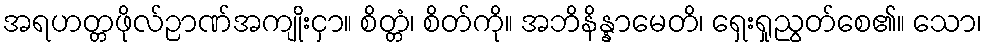
အရဟတ္တဖိုလ်ဉာဏ်အကျိုးငှာ။ စိတ္တံ၊ စိတ်ကို။ အဘိနိန္နာမေတိ၊ ရှေးရှုညွတ်စေ၏။ သော၊